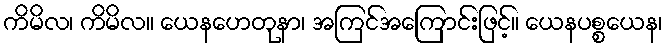
ကိမိလ၊ ကိမိလ။ ယေနဟေတုနာ၊ အကြင်အကြောင်းဖြင့်။ ယေနပစ္စယေန၊